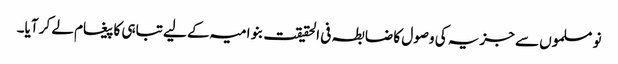
نو مسلموں سے جزیہ کی وصول کا ضابطہ فی الحقیقت بنو امیہ کے لیے تباہی کا پیغام لے کر آیا۔